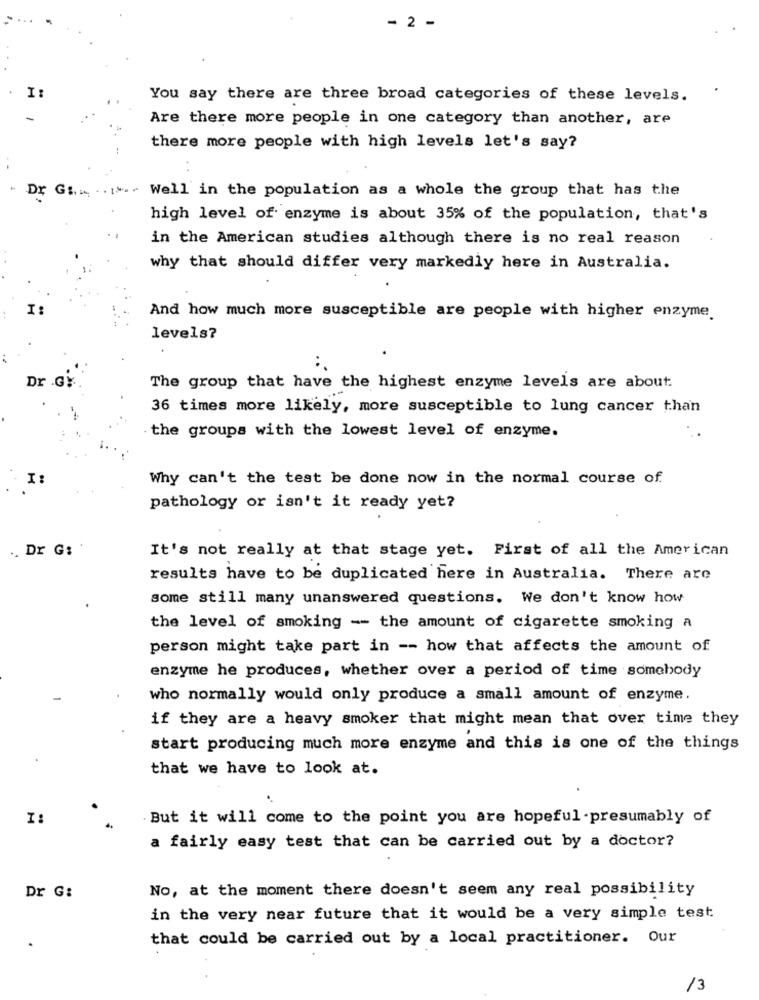
- 2 -
You say there are three broad categories of these levels.
Are there more people in one category than another, are
there more people with high levels let's say?
Dr G :..... ...
Well in the population as a whole the group that has the
high level of enzyme is about 35% of the population, that's
in the American studies although there is no real reason
why that should differ very markedly here in Australia.
I:
And how much more susceptible are people with higher enzyme.
levels?
Dr
The group that have the highest enzyme levels are about:
36 times more likely, more susceptible to lung cancer than
the groups with the lowest level of enzyme.
I:
Why can't the test be done now in the normal course of.
pathology or isn't it ready yet?
.. Dr G:
It's not really at that stage yet. First of all the American
results have to be duplicated here in Australia. There are
some still many unanswered questions. We don't know how
the level of smoking -- the amount of cigarette smoking a
person might take part in -- how that affects the amount of
enzyme he produces, whether over a period of time somebody
who normally would only produce a small amount of enzyme.
if they are a heavy smoker that might mean that over time they
start producing much more enzyme and this is one of the things
that we have to look at.
I:
But it will come to the point you are hopeful -presumably of
a fairly easy test that can be carried out by a doctor?
Dr G:
No, at the moment there doesn't seem any real possibility
in the very near future that it would be a very simple test
that could be carried out by a local practitioner. Our
.
/3